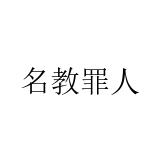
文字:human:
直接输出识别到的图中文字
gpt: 名教罪人